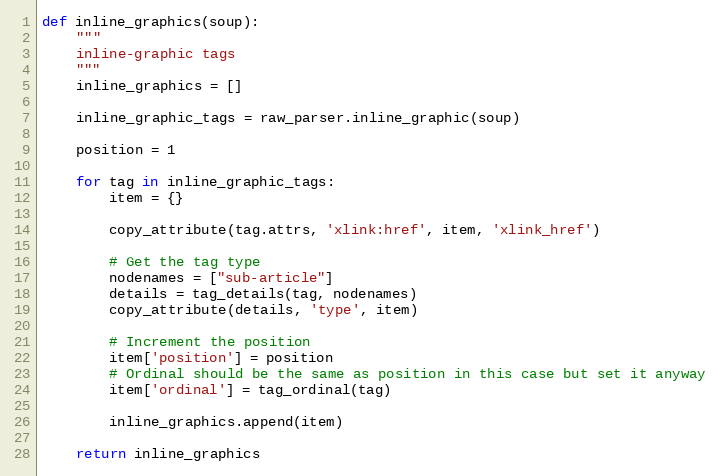
Language: Python
def inline_graphics(soup):
    """
    inline-graphic tags
    """
    inline_graphics = []

    inline_graphic_tags = raw_parser.inline_graphic(soup)

    position = 1

    for tag in inline_graphic_tags:
        item = {}

        copy_attribute(tag.attrs, 'xlink:href', item, 'xlink_href')

        # Get the tag type
        nodenames = ["sub-article"]
        details = tag_details(tag, nodenames)
        copy_attribute(details, 'type', item)

        # Increment the position
        item['position'] = position
        # Ordinal should be the same as position in this case but set it anyway
        item['ordinal'] = tag_ordinal(tag)

        inline_graphics.append(item)

    return inline_graphics